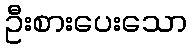
ဦးစားပေးသော